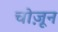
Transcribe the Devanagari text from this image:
चोज़ून